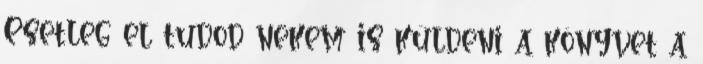
Esetleg el tudod nekem is küldeni a könyvet a